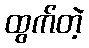
ထွက်တဲ့